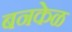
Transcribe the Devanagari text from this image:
बनकेळ